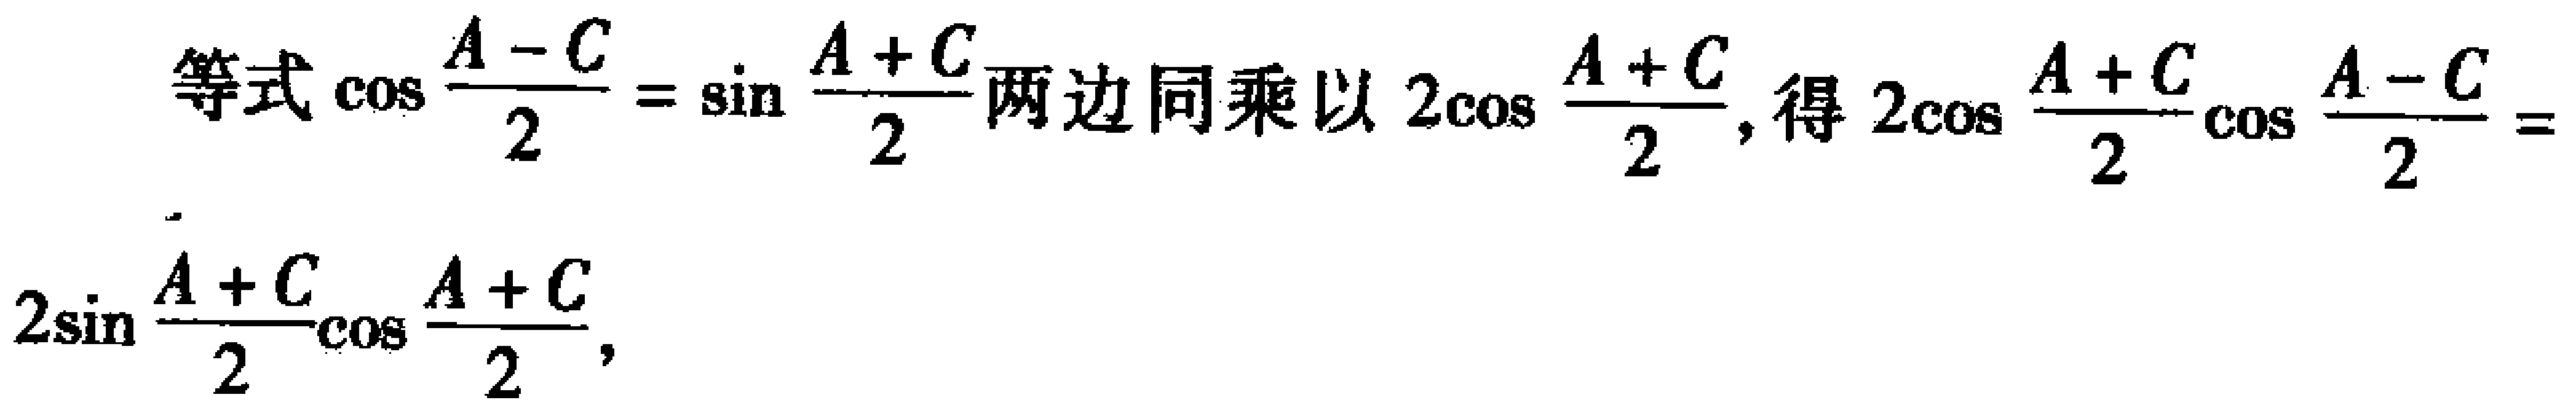
等式\(\cos\frac{A - C}{2}= \sin\frac{A + C}{2}\)两边同乘以\(2\cos\frac{A + C}{2}\)，得\(2\cos\frac{A + C}{2}\cos\frac{A - C}{2}=2\sin\frac{A + C}{2}\cos\frac{A + C}{2}\)，